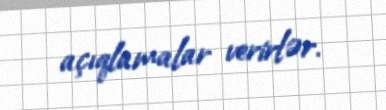
açıqlamalar verirlər.